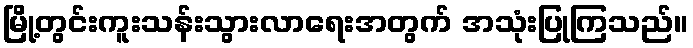
မြို့တွင်းကူးသန်းသွားလာရေးအတွက် အသုံးပြုကြသည်။